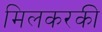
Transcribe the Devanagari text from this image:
मिलकरकी